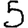
Digit: 5